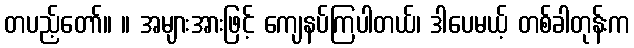
တပည့်တော်။ ။ အများအားဖြင့် ကျေနပ်ကြပါတယ်၊ ဒါပေမယ့် တစ်ခါတုန်းက